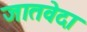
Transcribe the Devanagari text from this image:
जातवेदा